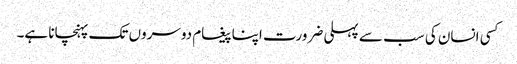
کسی انسان کی سب سے پہلی ضرورت اپنا پیغام دوسروں تک پہنچانا ہے۔